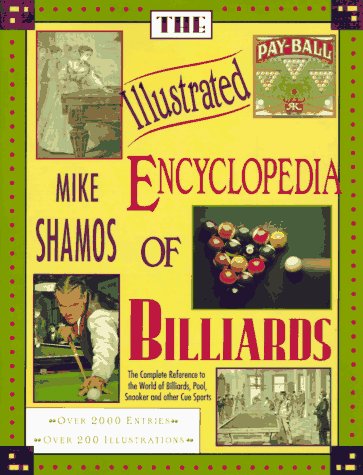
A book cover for The Illustrated Encyclopedia of Billiards; Michael Ian Shamos; Sports & Outdoors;